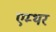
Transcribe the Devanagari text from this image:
एम्थर